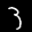
Label: 3